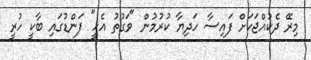
މިރޭ ދެކުއްޖަކަށް ފައިސާ ހަދިޔާ ކުރުމުން "ވަގުތު އެހީ" ފަންޑުގައި ބާކީ ހުރީ